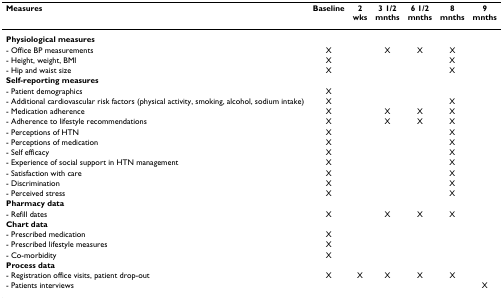
| Measures | Baseline | 2wks | 3 1/2mnths | 6 1/2mnths | 8mnths | 9mnths |
 | --- | --- | --- | --- | --- | --- | --- |
 | Physiological measures |  |  |  |  |  |  |
 | - Office BP measurements | X |  | X | X | X |  |
 | - Height, weight, BMI | X |  |  |  | X |  |
 | - Hip and waist size | X |  |  |  | X |  |
 | Self-reporting measures |  |  |  |  |  |  |
 | - Patient demographics | X |  |  |  |  |  |
 | - Additional cardiovascular risk factors (physical activity, smoking, alcohol, sodium intake) | X |  |  |  | X |  |
 | - Medication adherence | X |  | X | X | X |  |
 | - Adherence to lifestyle recommendations | X |  | X | X | X |  |
 | - Perceptions of HTN | X |  |  |  | X |  |
 | - Perceptions of medication | X |  |  |  | X |  |
 | - Self efficacy | X |  |  |  | X |  |
 | - Experience of social support in HTN management | X |  |  |  | X |  |
 | - Satisfaction with care | X |  |  |  | X |  |
 | - Discrimination | X |  |  |  | X |  |
 | - Perceived stress | X |  |  |  | X |  |
 | Pharmacy data |  |  |  |  |  |  |
 | - Refill dates | X |  | X | X | X |  |
 | Chart data |  |  |  |  |  |  |
 | - Prescribed medication | X |  |  |  |  |  |
 | - Prescribed lifestyle measures | X |  |  |  |  |  |
 | - Co-morbidity | X |  |  |  |  |  |
 | Process data |  |  |  |  |  |  |
 | - Registration office visits, patient drop-out | X | X | X | X | X |  |
 | - Patients interviews |  |  |  |  |  | X |